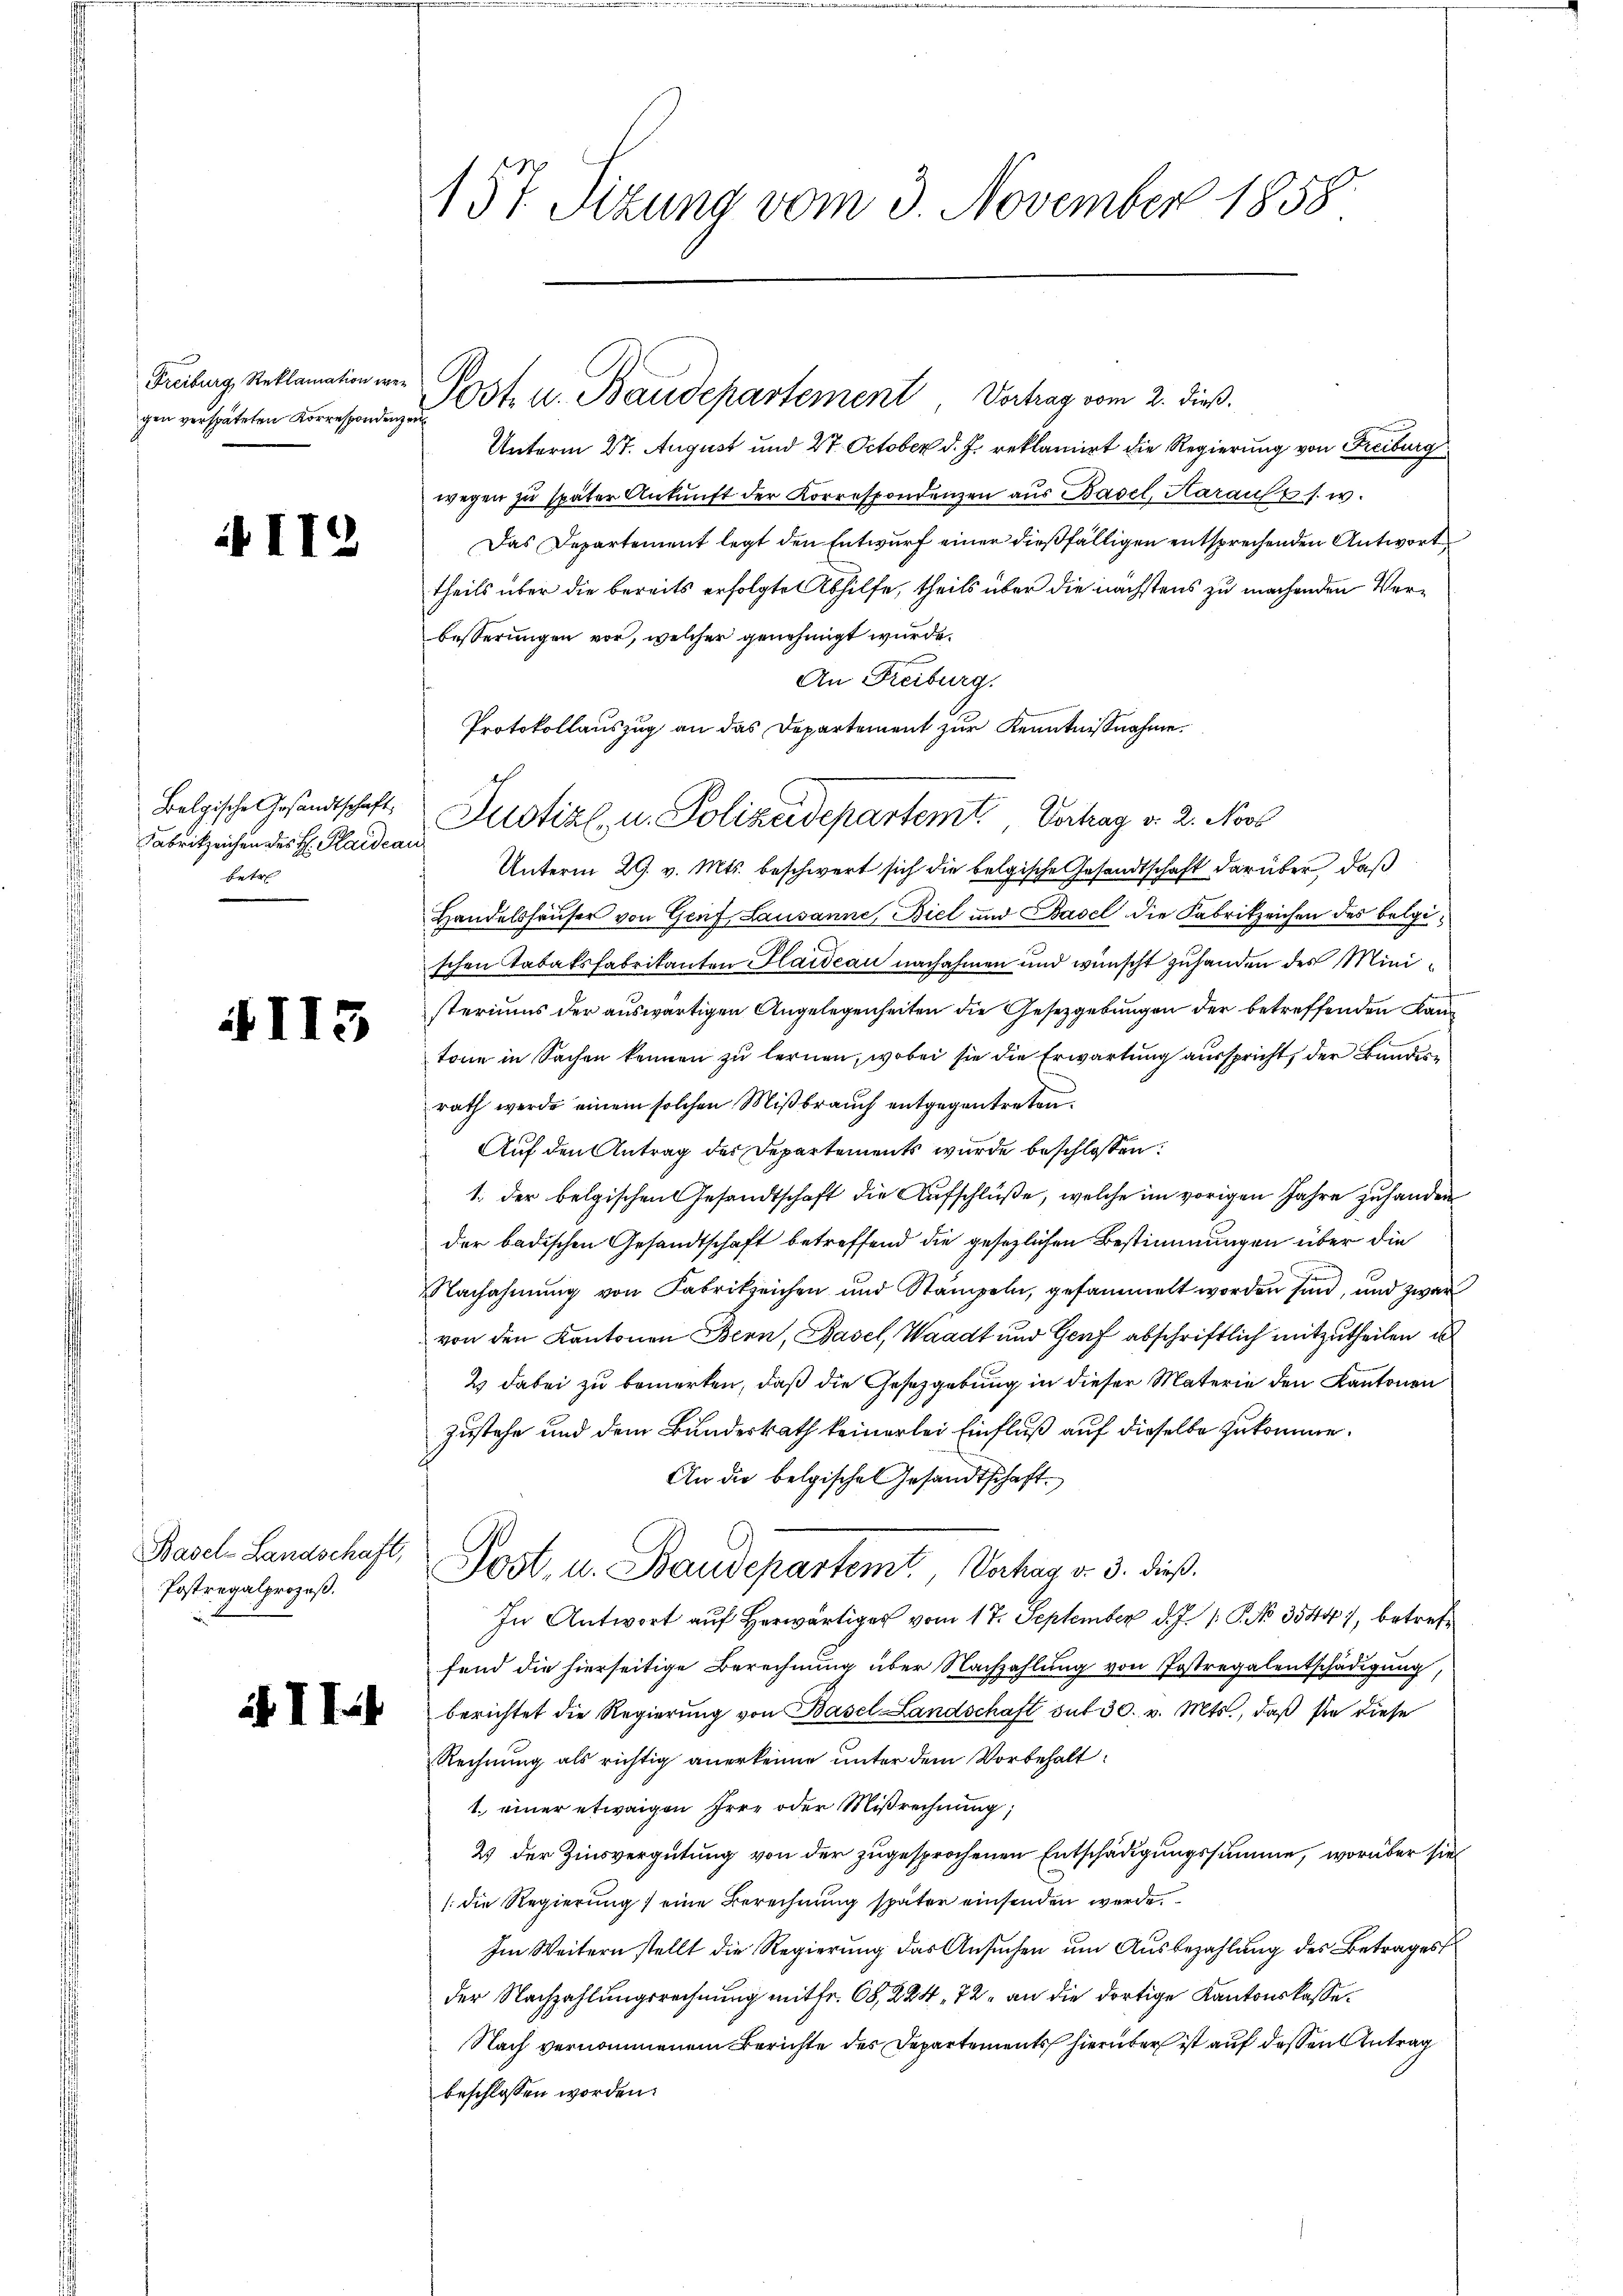
gen verspäteten Korrespondenzen

i II

II5

Belgische Gesandtschaft,
Fabrikzeichen des H: Plaideau
betre

Postregalprozeß.

¬

157. Sizung vom 3. November 1858

Freiburg, Reklamation in Post u. Baudepartement Vertrag vom 2. dieß.

Unterm 27. August und 27. October d. J. reklamirt die Regierung von Freiburg
wegen zu später Ankunft der Korrespondenzen aus Basel, Harauf s. w.
Das Departement legt den Entwurf einer dießfälligen entsprechenden Antwort
theils über die bereits erfolgte Abhilfe, theils über die nächstens zu machenden Verbesserungen vor, welcher genehmigt wurde.
An Freiburg.
Unterm 29. v. Mts. beschwert sich die belgische Gesandtschaft darüber, daß
Handelshäuser von Genf, Lausanne, Biel und Basel die Fabrikzeichen des belgischen Tabaksfabrikanten Plaideau nachahmen und wünscht zuhanden des Ministeriums der auswärtigen Angelegenheiten die Gesetzgebungen der betreffenden Kantone in Sachen können zu lernen, wobei sie die Erwartung ausspricht, der Bundesrath werde einem solchen Mißbrauch entgegentreten.
Auf den Antrag der Departements wurde beschlossen:
1. der belgischen Gesandtschaft die Aufschlüße, welche im vorigen Jahre zuhanden
der badischen Gesandtschaft betreffend die gesezlichen Bestimmungen über die
Nachahmung von Fabrikzeichen und Stampeln, gesammelt worden sind, und zwar
von den Kantonen Bern, Basel, Waadt und Genf abschriftlich mitzutheilen, u
2 dabei zu bemerken, daß die Gesetzgebung in dieser Materie den Kantonen
zustehe und dem Bundesrath keinerlei Einfluß auf dieselbe zukomme.
An die belgischen Gesandtschaft.
Basel-Landschaft, Post, u. Baudepartemt, Verhag v. 3. dieß.
In Antwort aŭf herwärtiger vom 17. September d. J. 1. P. No 3544), betreffend die hierseitige Berechnung über Nachzahlung von Postregalentschädigung,
berichtet die Regierung von Basel-Landschaft sut 30. v. Mts., daß sie diese
Rechnung als richtig anerkenne unter dem Vorbehalt
1. einer etwaigen Irre oder Mißrechnung,
2 der Zinsvergütung von der zugesprochenen Entschädigungssumme, worüber sie
/. die Regierung / eine Berechnung später einsenden werde.
Im Weitern stellt die Regierung das Ansŭchen um Ausbezahlung des Betrages
der Nachzahlungsrechnung mitfr. 68, 224, 72 an die dortige Kantonskasse.
Nach vernommenem Berichte des Departements hierüber ist auf dessen Antrag
beschlossen worden.

Protokollauszug an das Departement zur Kenntnißnahme.
Justiz u. Polizeidepartemt, Vertrag v. 2. Novb